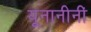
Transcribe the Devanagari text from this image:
यूनानीनीं